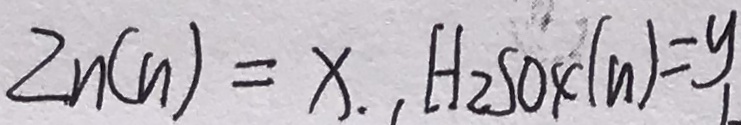
Z n ( n ) = x . , H _ { 2 } S O _ { 4 } ( n ) = y